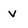
Character: v